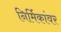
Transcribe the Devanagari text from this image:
निर्मिकांवर